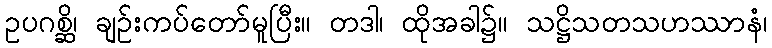
ဥပဂစ္ဆိ၊ ချဉ်းကပ်တော်မူပြီး။ တဒါ၊ ထိုအခါ၌။ သဋ္ဌိသတသဟဿာနံ၊